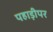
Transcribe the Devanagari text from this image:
पहाड़ीपर